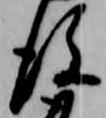
後